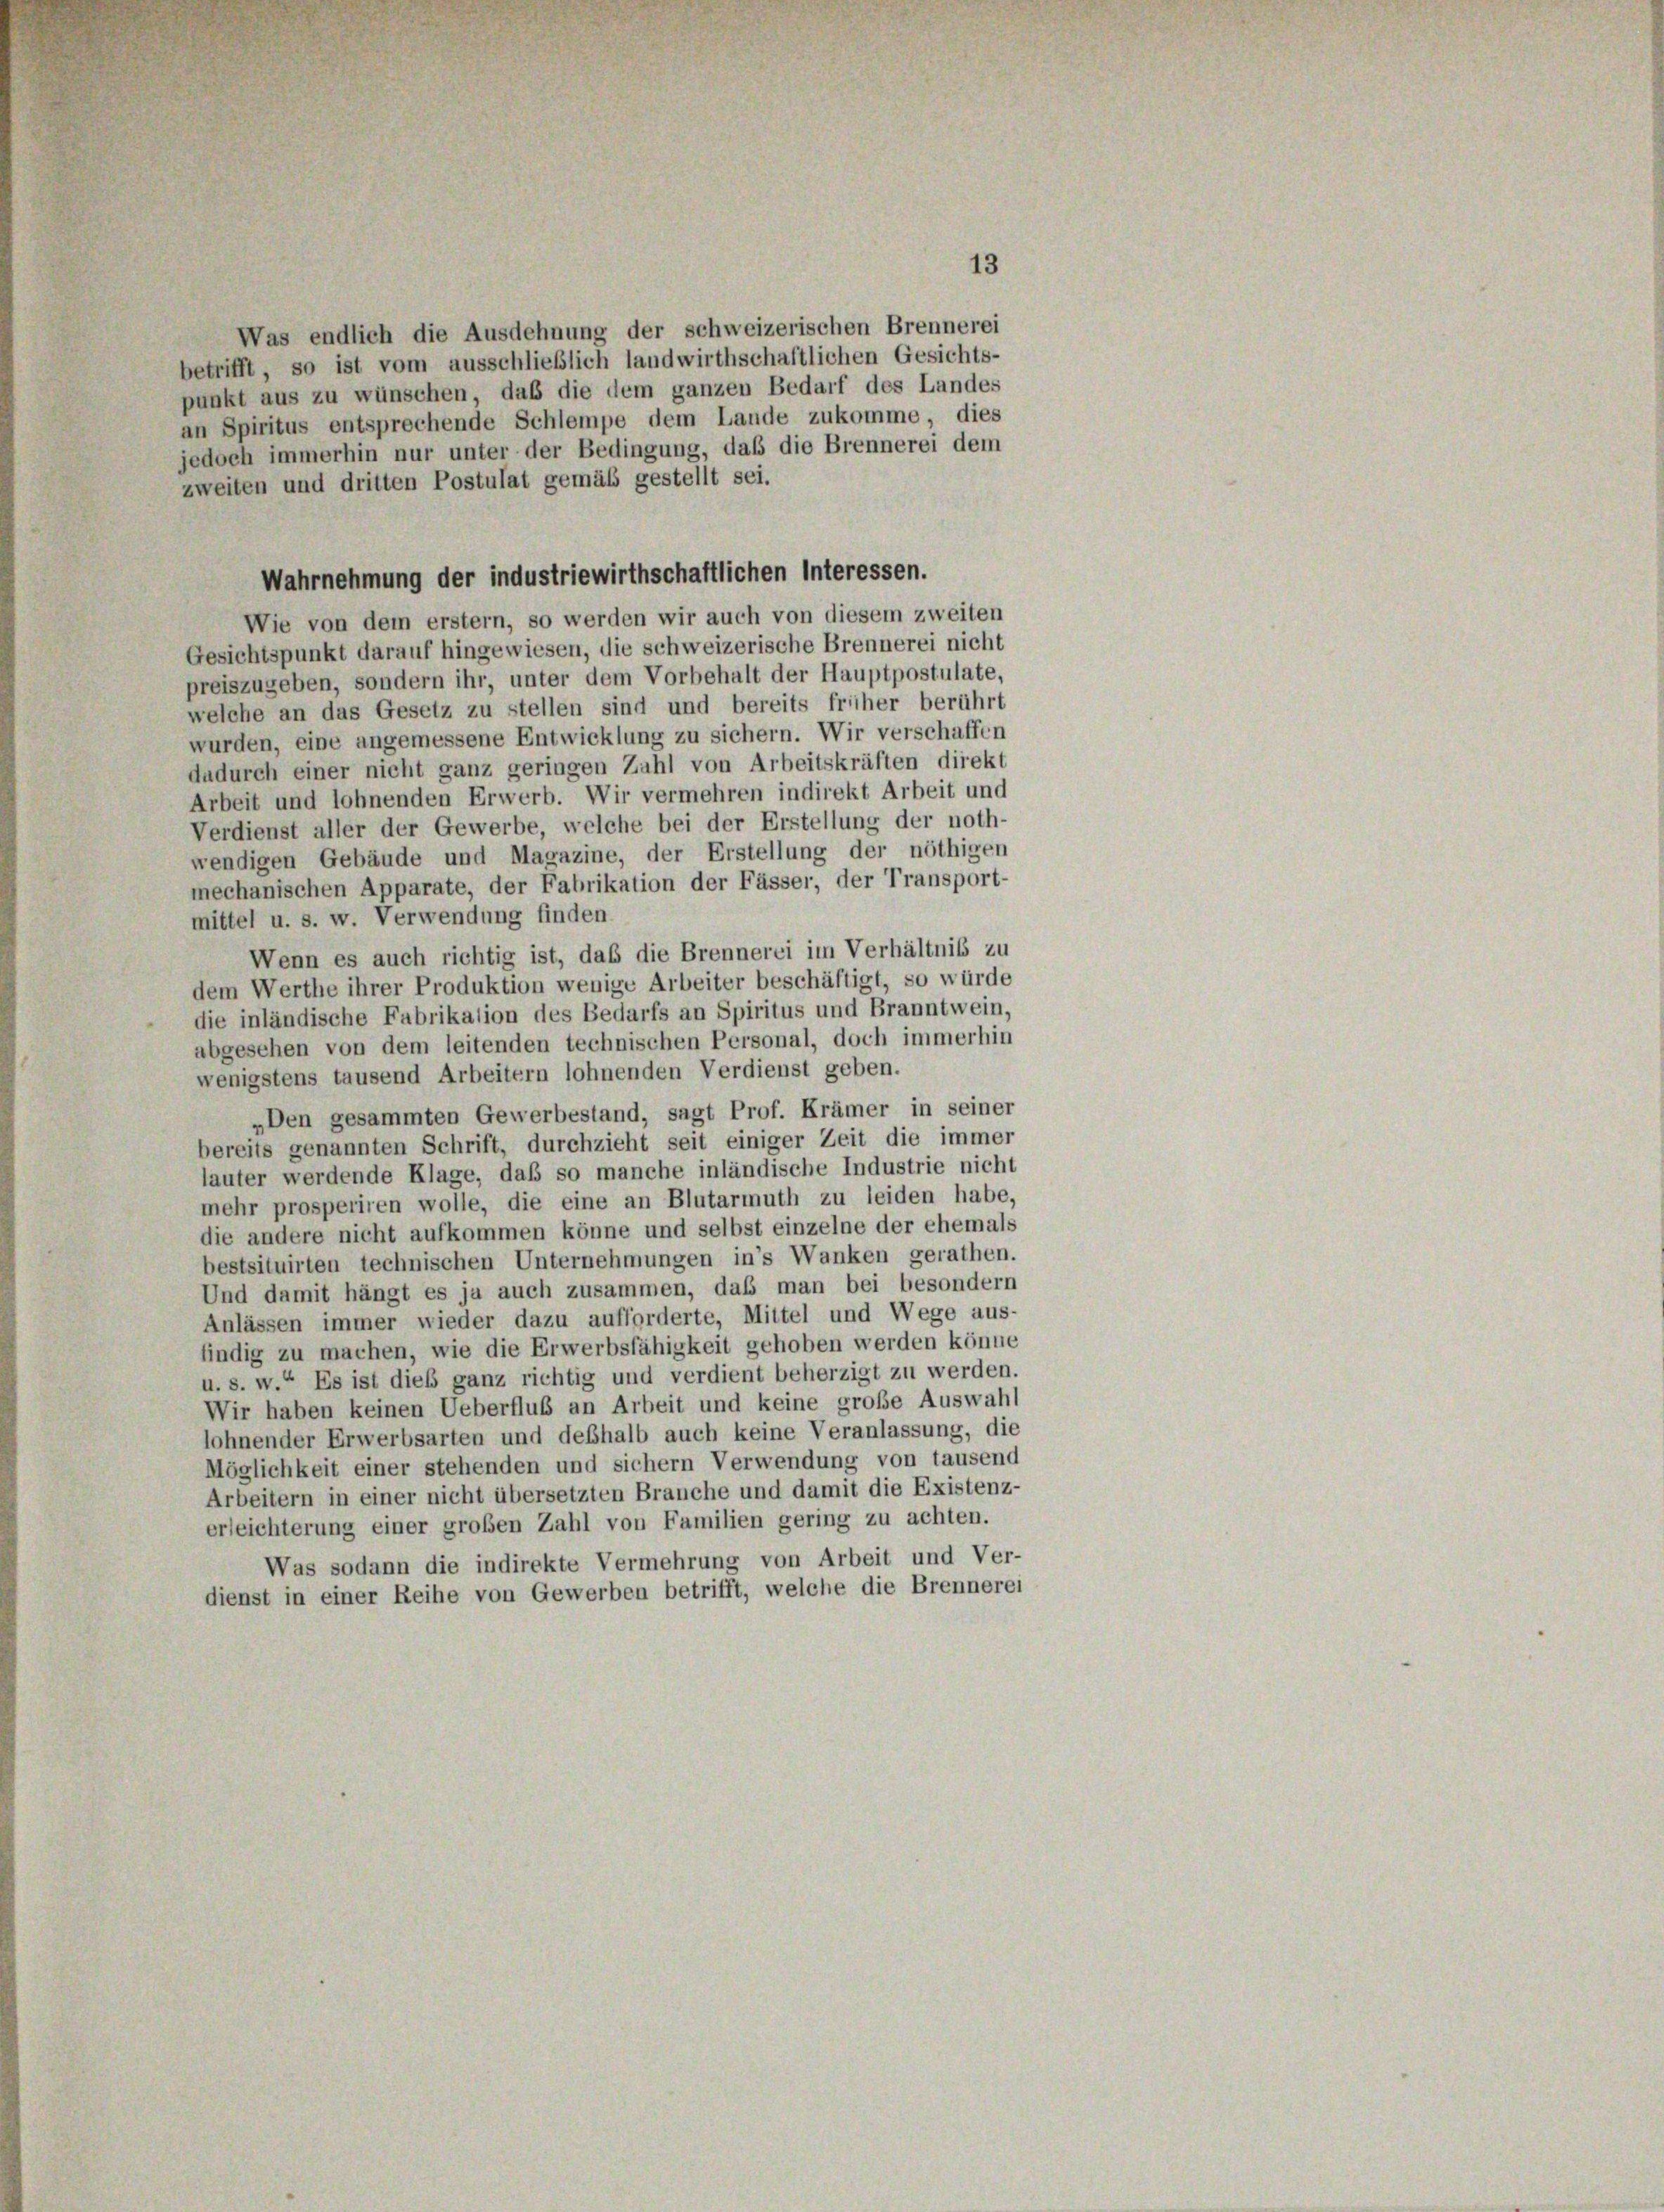
13
Was endlich die Ausdehnung der schweizerischen Brennerei
betrifft, so ist vom ausschließlich landwirthschaftlichen Gesichts-
punkt aus zu wünschen, daß die dem ganzen Bedarf des Landes
an Spiritus entsprechende Schlempe dem Lande zukomme, dies
jedoch immerhin nur unter der Bedingung, daß die Brennerei dem
zweiten und dritten Postulat gemäß gestellt sei.
Wahrnehmung der industriewirthschaftlichen Interessen.
Wie von dem erstem, so werden wir auch von diesem zweiten
Gesichtspunkt darauf hingewiesen, die schweizerische Brennerei nicht
preiszugeben, sondern ihr, unter dem Vorbehalt der Hauptpostulate,
welche an das Gesetz zu stellen sind und bereits früher berührt
wurden, eine angemessene Entwicklung zu sichern. Wir verschaffen
dadurch einer nicht ganz geringen Zahl von Arbeitskräften direkt
Arbeit und lohnenden Erwerb. Wir vermehren indirekt Arbeit und
Verdienst aller der Gewerbe, welche bei der Erstellung der noth-
wendigen Gebäude und Magazine, der Erstellung der nöthigen
mechanischen Apparate, der Fabrikation der Fässer, der Transport-
mittel u. s. w. Verwendung finden
Wenn es auch richtig ist, daß die Brennerei im Verhältnis zu
dem Werthe ihrer Produktion wenige Arbeiter beschäftigt, so würde
die inländische Fabrikation des Bedarfs an Spiritus und Branntwein,
abgesehen von dem leitenden technischen Personal, doch immerhin
wenigstens tausend Arbeitern lohnenden Verdienst geben.
„Den gesammten Gewerbestand, sagt Prof. Krämer in seiner
bereits genannten Schrift, durchzieht seit einiger Zeit die immer
lauter werdende Klage, daß so manche inländische Industrie nicht
mehr prosperiren wolle, die eine an Blutarmuth zu leiden habe,
die andere nicht aufkommen könne und selbst einzelne der ehemals
bestsituirten technischen Unternehmungen in’s Wanken gerathen.
Und damit hängt es ja auch zusammen, daß man bei besondern
Anlässen immer wieder dazu aufforderte, Mittel und Wege aus-
findig zu machen, wie die Erwerbsfähigkeit gehoben werden könne
u. s. w.“ Es ist dies ganz richtig und verdient beherzigt zu werden.
Wir haben keinen Ueberfluß an Arbeit und keine große Auswahl
lohnender Erwerbsarten und deßhalb auch keine Veranlassung, die
Möglichkeit einer stehenden und sichern Verwendung von tausend
Arbeitern in einer nicht übersetzten Branche und damit die Existenz-
erleichterung einer großen Zahl von Familien gering zu achten.
Was sodann die indirekte Vermehrung von Arbeit und Ver-
dienst in einer Reihe von Gewerben betrifft, welche die Brennerei